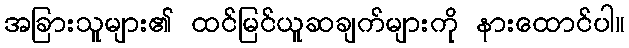
အခြားသူများ၏ ထင်မြင်ယူဆချက်များကို နားထောင်ပါ။